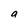
Character: a